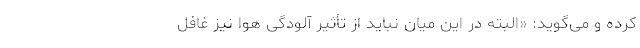
کرده و می‌گوید: «البته در این میان نباید از تأثیر آلودگی هوا نیز غافل